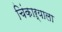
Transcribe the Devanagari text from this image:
चिंकाऱ्याला